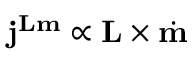
\mathbf { j } ^ { \mathbf { L m } } \propto \mathbf { L } \times \dot { \mathbf { m } }